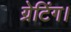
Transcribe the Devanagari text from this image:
ग्रेटिंग।